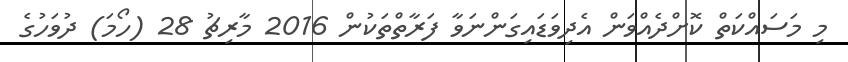
މި މަސައްކަތް ކޮށްދެއްވަން އެދިވަޑައިގަންނަވާ ފަރާތްތަކުން 2016 މާރިޗު 28 (ހޯމަ) ދުވަހުގެ